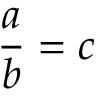
{ \frac { a } { b } } = c